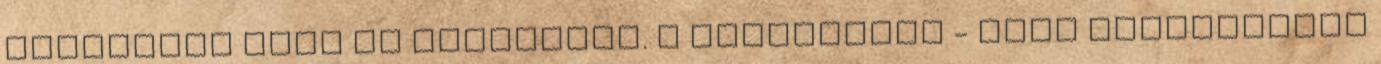
másolatba bele is halhatunk. A Driftworks - mely közismerten